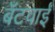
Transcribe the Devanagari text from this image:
बँटवाईं